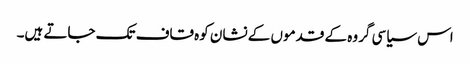
اس سیاسی گروہ کے قدموں کے نشان کوہ قاف تک جاتے ہیں۔